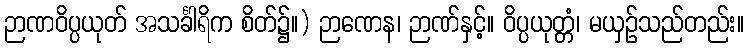
ဉာဏဝိပ္ပယုတ် အသင်္ခါရိက စိတ်၌။) ဉာဏေန၊ ဉာဏ်နှင့်။ ဝိပ္ပယုတ္တံ၊ မယှဉ်သည်တည်း။